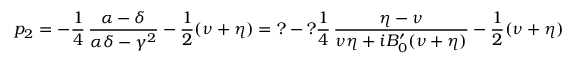
p _ { 2 } = - \frac { 1 } { 4 } \, \frac { \alpha - \delta } { \alpha \delta - \gamma ^ { 2 } } - \frac { 1 } { 2 } ( \nu + \eta ) = ? - ? \frac { 1 } { 4 } \, \frac { \eta - \nu } { \nu \eta + i B _ { 0 } ^ { \prime } ( \nu + \eta ) } - \frac { 1 } { 2 } ( \nu + \eta )